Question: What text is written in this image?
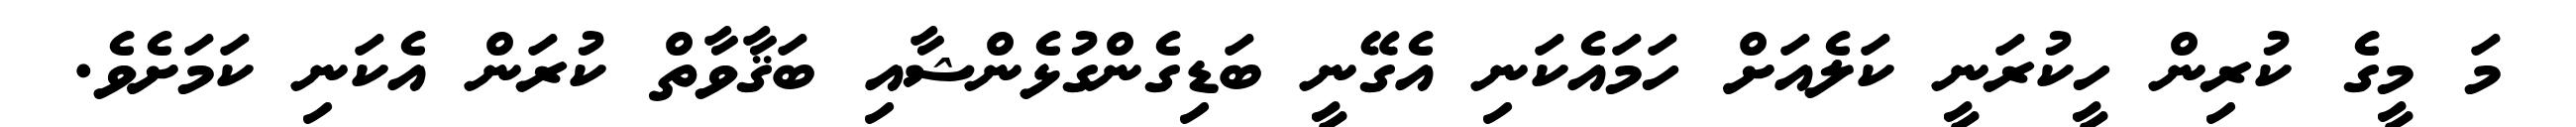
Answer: މަ މީގެ ކުރިން ހީކުރަނީ ކަލެއަށް ހަމައެކަނި އެގޭނީ ބަޑިގެންގުޅެންޝާއި ބަޤާވާތް ކުރަން އެކަނި ކަމަށެވެ.